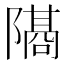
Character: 𫕕